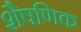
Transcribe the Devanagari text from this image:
शैषणिक